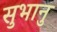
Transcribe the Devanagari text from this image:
सुभानु